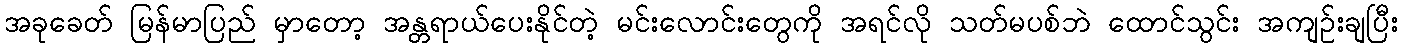
အခုခေတ် မြန်မာပြည် မှာတော့ အန္တရာယ်ပေးနိုင်တဲ့ မင်းလောင်းတွေကို အရင်လို သတ်မပစ်ဘဲ ထောင်သွင်း အကျဉ်းချပြီး